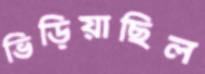
ভিড়িয়াছিল